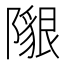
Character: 𨼯